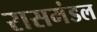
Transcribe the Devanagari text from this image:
रासमंडल